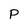
Character: P